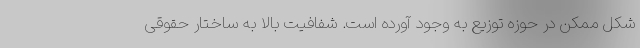
شکل ممکن در حوزه توزیع به وجود آورده است. شفافیت بالا به ساختار حقوقی